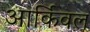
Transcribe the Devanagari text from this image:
आर्किवल